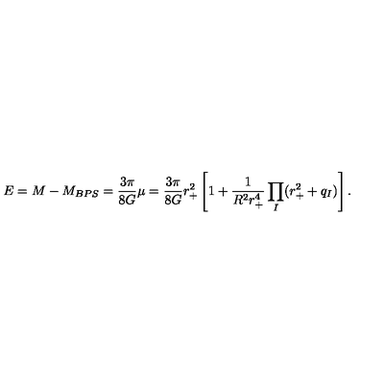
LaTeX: E = M - M _ { B P S } = \frac { 3 \pi } { 8 G } \mu = \frac { 3 \pi } { 8 G } r _ { + } ^ { 2 } \left[ 1 + \frac { 1 } { R ^ { 2 } r _ { + } ^ { 4 } } \prod _ { I } ( r _ { + } ^ { 2 } + q _ { I } ) \right] .